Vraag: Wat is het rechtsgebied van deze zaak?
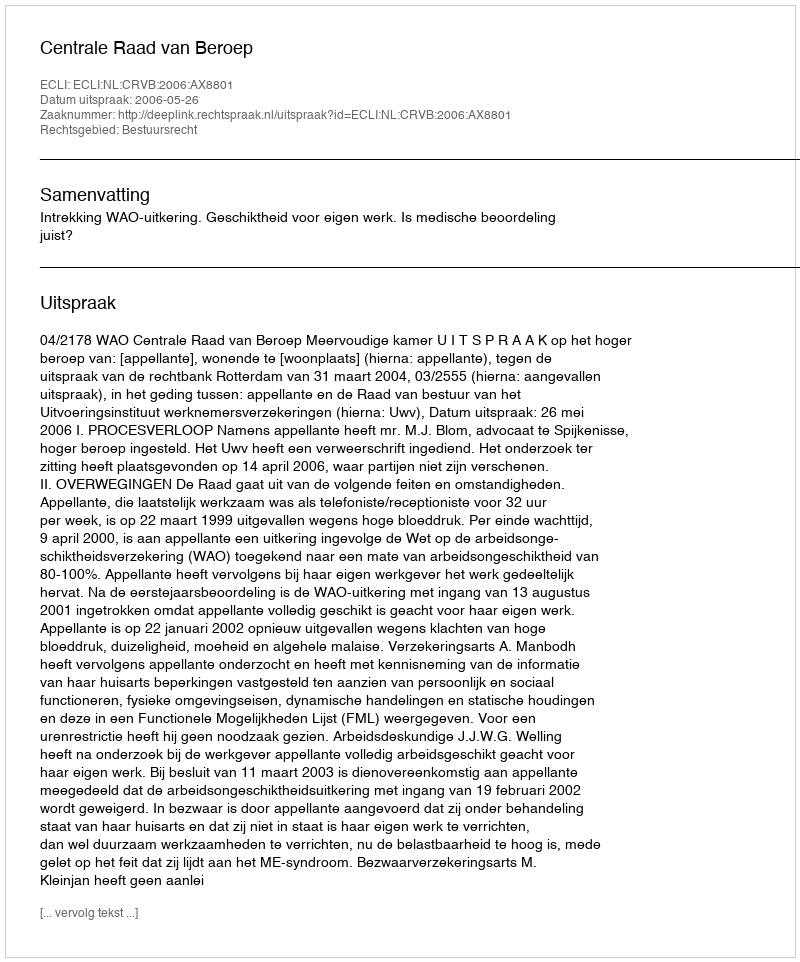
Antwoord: Bestuursrecht